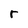
Character: r